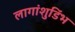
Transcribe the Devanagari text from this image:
लागांशुडिंभ